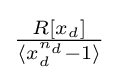
\textstyle {\frac {R[x_{d}]}{\langle x_{d}^{n_{d}}-1\rangle }}